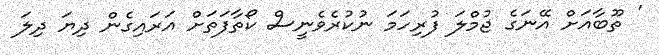
' ތޫބާއަށް އޭނަގެ ޖުމްލަ ފުރިހަމަ ނުކުރެވެނީސް ކޯތާފަތަށް އަރައިގެން ދިޔަ ދިލަ